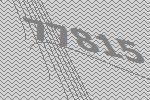
77815